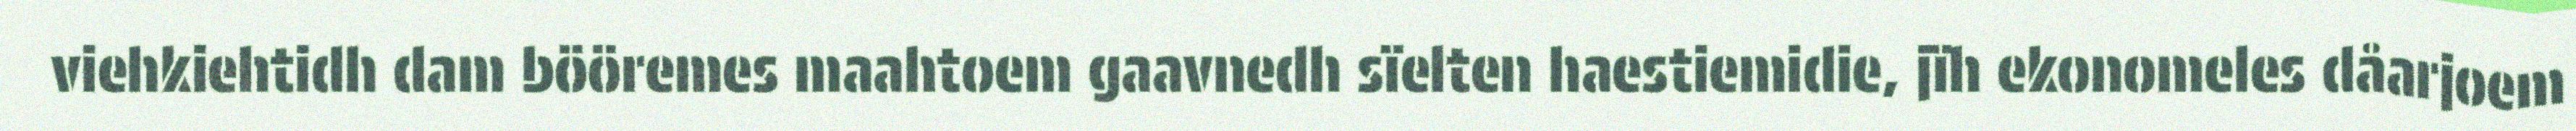
viehkiehtidh dam bööremes maahtoem gaavnedh sïelten haestiemidie, jïh ekonomeles dåarjoem